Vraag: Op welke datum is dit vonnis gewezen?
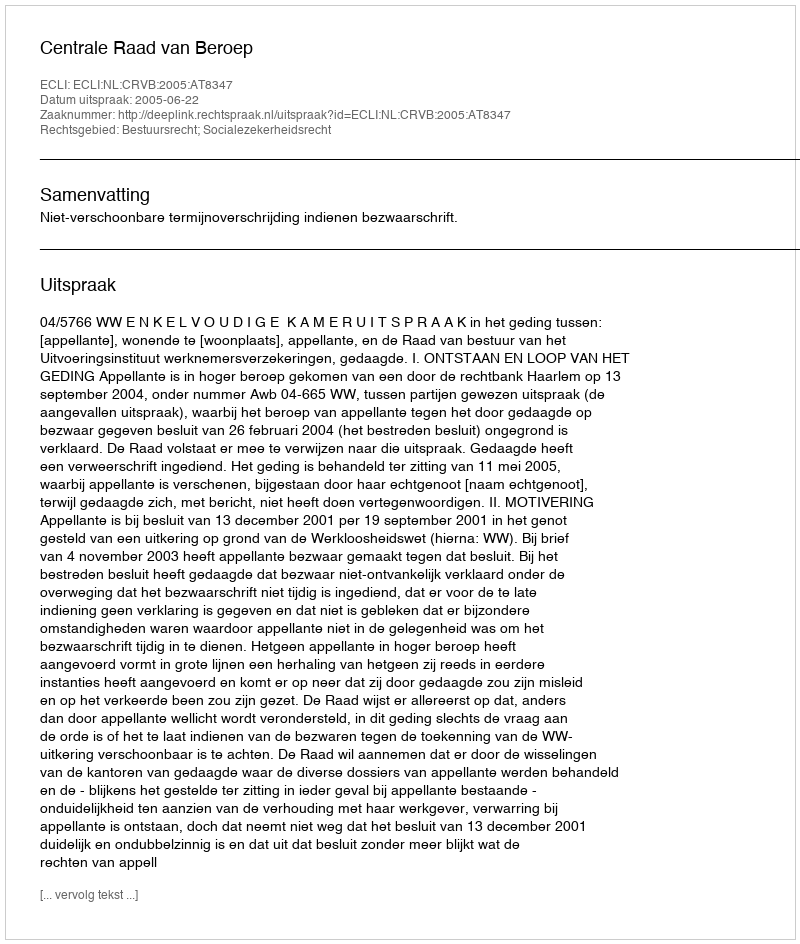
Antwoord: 2005-06-22